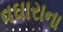
વઘારાના